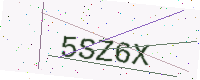
Text: 5SZ6X